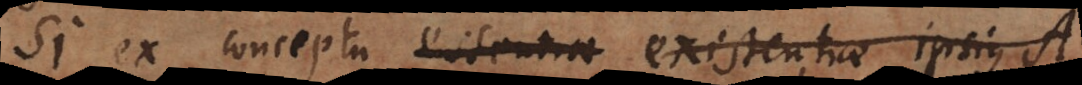
Si ex conceptu essentiae existentiae ipsius A